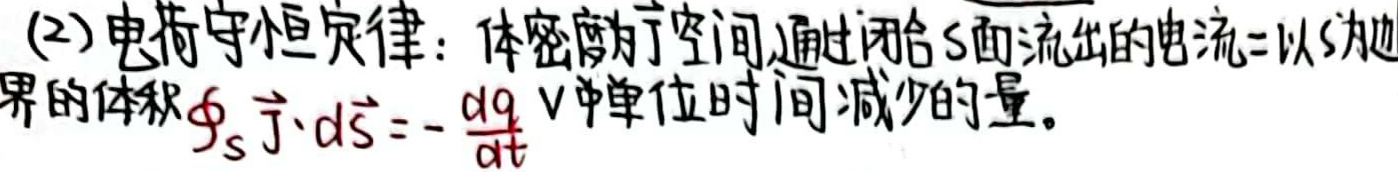
(2) 电荷守恒定律：体密度为空间通过闭合\(s\)面流出的电流\(=v\)以\(s\)为界的体积\(\oint_{s} \vec{j} \cdot d\vec{s} = -\frac{dq}{dt}\) \(v\)单位时间减少的量。